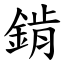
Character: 錹